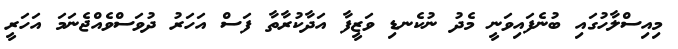
މިއިސްލާހުގައި ބުނެފައިވަނީ މެދު ނުކެނޑި ވަޒީފާ އަދާކުރާތާ ފަސް އަހަރު ދުވަސްވެއްޖެނަމަ އަހަރީ